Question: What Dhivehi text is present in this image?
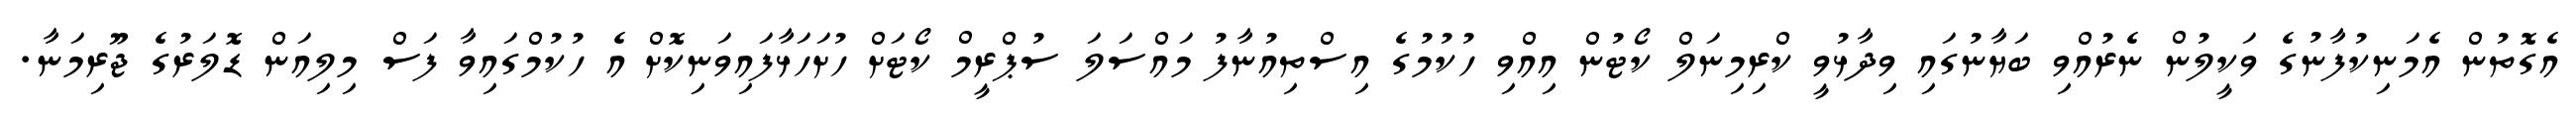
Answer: އެގޮތުން އެމަނިކުފާނުގެ ވަކީލުން ނެރުއްވި ބަޔާނުގައި ވިދާޅުވީ ކްރިމިނަލް ކޯޓުން އިއްވި ހުކުމުގެ އިސްތިއުނާފު މައްސަލަ ސުޕްރީމް ކޯޓަށް ހުށަހަޅާފައިވަނިކޮށް އެ ހުކުމްގައިވާ ފަސް މިލިއަން ޑޮލަރުގެ ޖޫރިމަނާ.